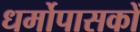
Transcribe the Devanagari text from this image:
धर्मोपासकों